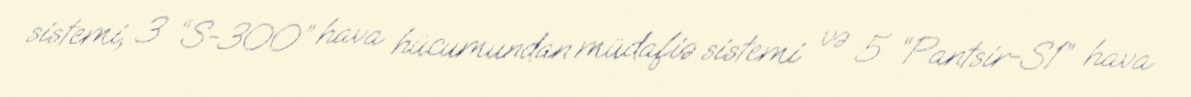
sistemi, 3 “S-300” hava hücumundan müdafiə sistemi və 5 “Pantsir-S1” hava